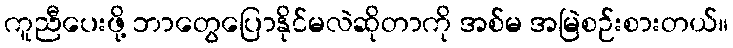
ကူညီပေးဖို့ ဘာတွေပြောနိုင်မလဲဆိုတာကို အစ်မ အမြဲစဉ်းစားတယ်။